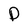
Character: D